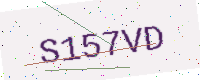
Text: S157VD